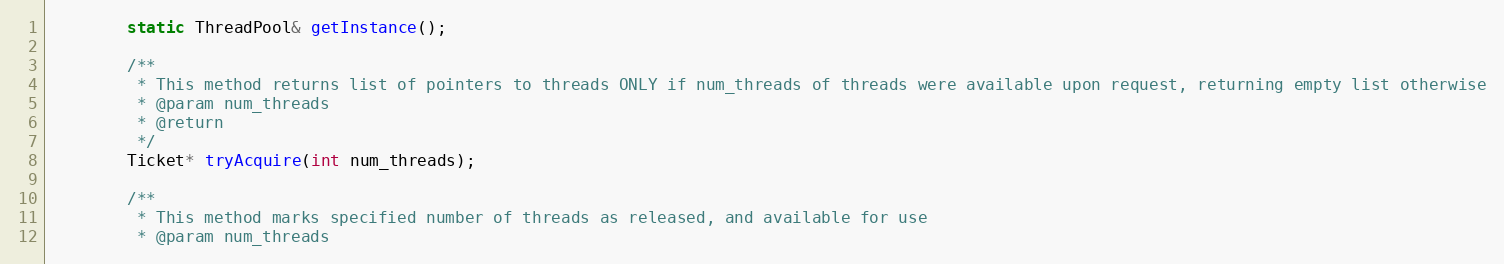
Language: C
        static ThreadPool& getInstance();

        /**
         * This method returns list of pointers to threads ONLY if num_threads of threads were available upon request, returning empty list otherwise
         * @param num_threads
         * @return
         */
        Ticket* tryAcquire(int num_threads);

        /**
         * This method marks specified number of threads as released, and available for use
         * @param num_threads